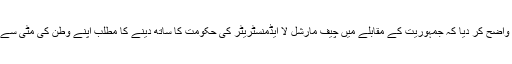
صالحین نے واضح کر دیا کہ جمہوریت کے مقابلے میں چیف مارشل لا ایڈمنسٹریٹر کی حکومت کا ساتھ دینے کا مطلب اپنے وطن کی مٹی سے غداری ہے۔